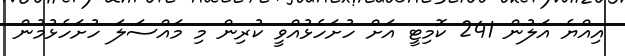
އިއްޔެ އަލުން 241 ކޮމިޓީ އަށް ހުށަހެޅުއްވީ ކުރިން މި މައްސަލަ ހުށަހެޅުމުން